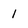
Character: 1